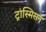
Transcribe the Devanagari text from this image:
ट्रांस्मिसन